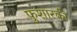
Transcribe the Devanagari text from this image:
फुशारकी